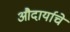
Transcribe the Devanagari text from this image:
औदार्याचे